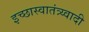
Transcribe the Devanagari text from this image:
इच्छास्वातंत्र्य्वादी